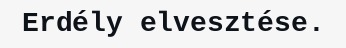
Erdély elvesztése.